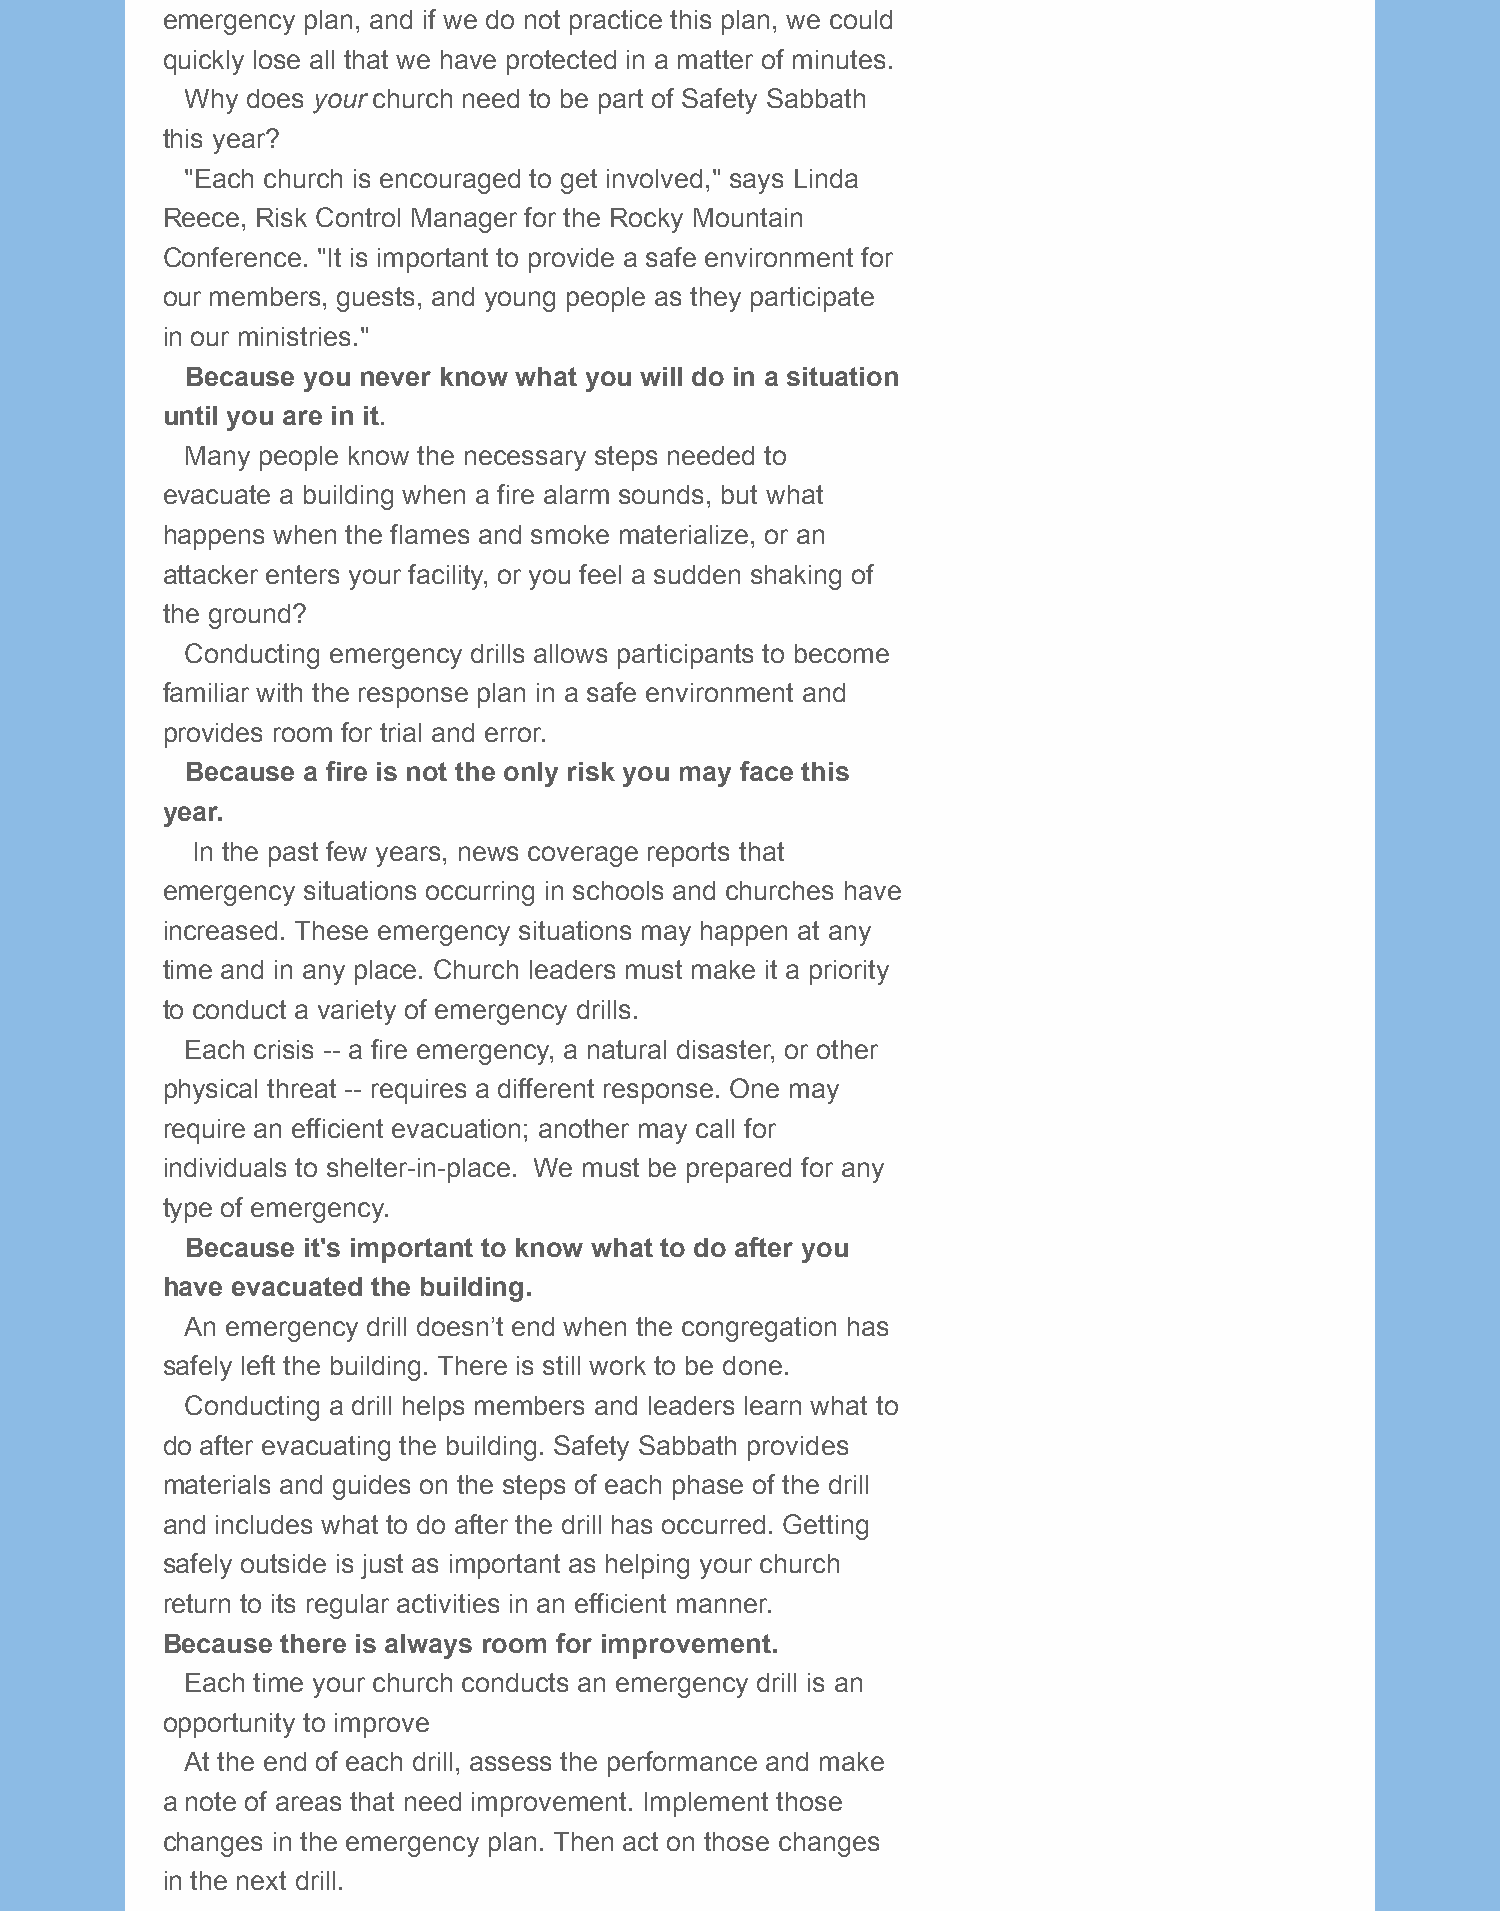
emergency plan, and if we do not practice this plan, we could
 quickly lose all that we have protected in a matter of minutes.
 Why does your church need to be part of Safety Sabbath
 this year?
 "Each church is encouraged to get involved," says Linda
 Reece, Risk Control Manager for the Rocky Mountain
 Conference. "It is important to provide a safe environment for
 our members, guests, and young people as they participate
 in our ministries."
 Because you never know what you will do in a situation
 until you are in it.
 Many people know the necessary steps needed to
 evacuate a building when a fire alarm sounds, but what
 happens when the flames and smoke materialize, or an
 attacker enters your facility, or you feel a sudden shaking of
 the ground?
 Conducting emergency drills allows participants to become
 familiar with the response plan in a safe environment and
 provides room for trial and error.
 Because a fire is not the only risk you may face this
 year.
 In the past few years, news coverage reports that
 emergency situations occurring in schools and churches have
 increased. These emergency situations may happen at any
 time and in any place. Church leaders must make it a priority
 to conduct a variety of emergency drills.
 Each crisis -- a fire emergency, a natural disaster, or other
 physical threat -- requires a different response. One may
 require an efficient evacuation; another may call for
 individuals to shelter-in-place. We must be prepared for any
 type of emergency.
 Because it's important to know what to do after you
 have evacuated the building.
 An emergency drill doesn’t end when the congregation has
 safely left the building. There is still work to be done.
 Conducting a drill helps members and leaders learn what to
 do after evacuating the building. Safety Sabbath provides
 materials and guides on the steps of each phase of the drill
 and includes what to do after the drill has occurred. Getting
 safely outside is just as important as helping your church
 return to its regular activities in an efficient manner.
 Because there is always room for improvement.
 Each time your church conducts an emergency drill is an
 opportunity to improve
 At the end of each drill, assess the performance and make
 a note of areas that need improvement. Implement those
 changes in the emergency plan. Then act on those changes
 in the next drill.